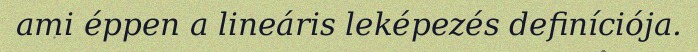
ami éppen a lineáris leképezés definíciója.